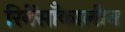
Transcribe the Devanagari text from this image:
रिनेंसाँकालीन